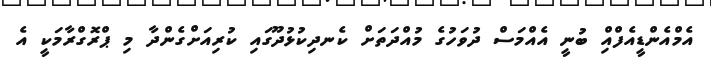
އެމްއެންޑީއެފްއިް ބުނީ އެއްމަސް ދުވަހުގެ މުއްދަތަށް ކެނދިކުޅުދޫގައި ކުރިއަށްގެންދާ މި ޕްރޮގްރާމަކީ އެ